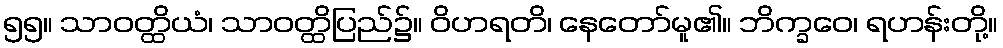
၅၅။ သာဝတ္ထိယံ၊ သာဝတ္ထိပြည်၌။ ဝိဟရတိ၊ နေတော်မူ၏။ ဘိက္ခဝေ၊ ရဟန်းတို့။